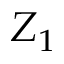
Z _ { 1 }